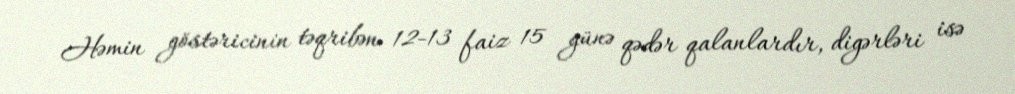
Həmin göstəricinin təqribən 12-13 faiz 15 günə qədər qalanlardır, digərləri isə